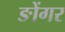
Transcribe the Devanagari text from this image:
ङोंगर